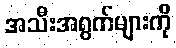
အသီးအရွက်များကို